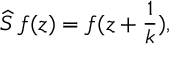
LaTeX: \widehat { S } \, f ( z ) = f ( z + \frac { 1 } { k } ) ,